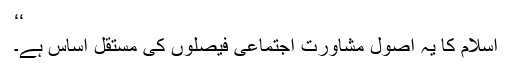
‘‘
اسلام کا یہ اصول مشاورت اجتماعی فیصلوں کی مستقل اساس ہے۔